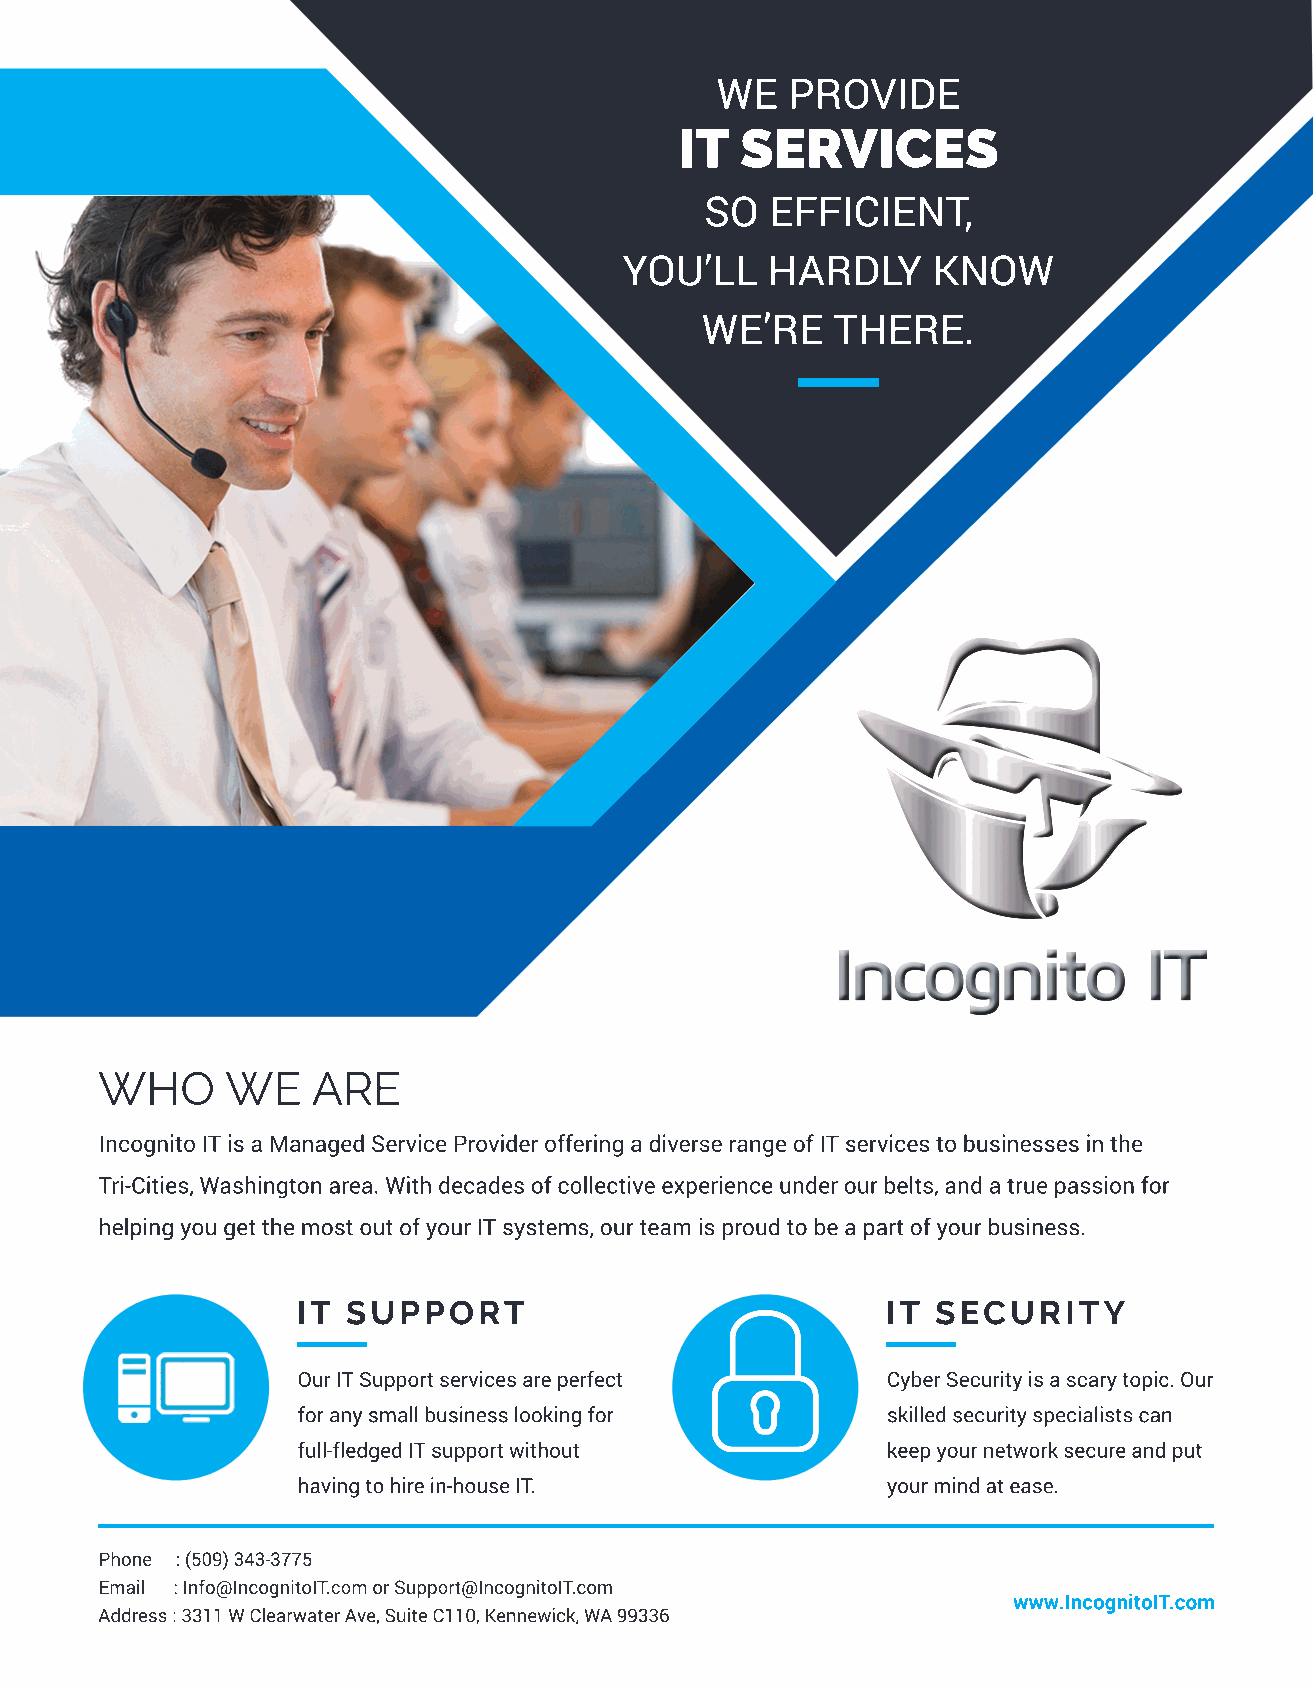
WE   PROVIDE
 IT  SERVICES
 SO  EFFICIENT,
 YOU’LL    HARDLY     KNOW
 WE’RE    THERE.
 WHO      WE    ARE
 Incognito IT is a Managed Service Provider offering a diverse range of IT services to businesses in the
 Tri-Cities, Washington area. With decades of collective experience under our belts, and a true passion for
 helping you get the most out of your IT systems, our team is proud to be a part of your business.
 IT SUPPORT                             IT SECURITY
 Our IT Support services are perfect    Cyber Security is a scary topic. Our
 for any small business looking for     skilled security specialists can
 full-fledged IT support without        keep your network secure and put
 having to hire in-house IT.            your mind at ease.
 Phone : (509) 343-3775
 Email : Info@IncognitoIT.com or Support@IncognitoIT.com
 www.IncognitoIT.com
 Address : 3311 W Clearwater Ave, Suite C110, Kennewick, WA 99336